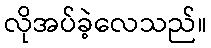
လိုအပ်ခဲ့လေသည်။